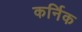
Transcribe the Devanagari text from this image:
कर्निक